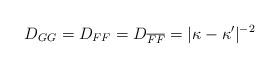
LaTeX: \begin{align*}D_{GG} = D_{FF} = D_{\overline F \overline F} = \vert \kappa -\kappa^{\prime } \vert^{-2}\end{align*}